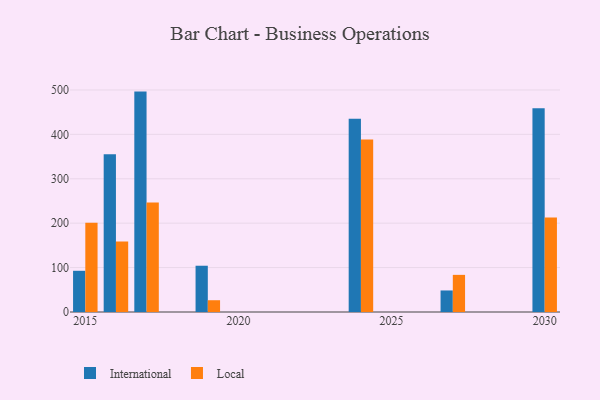
{"axis": {"x": "Year", "y": "Waste Production (Tons)"}, "legend": ["International", "Local"], "data": [{"x": "2024", "y": 435.0, "type": "International"}, {"x": "2024", "y": 388.6, "type": "Local"}, {"x": "2015", "y": 92.8, "type": "International"}, {"x": "2015", "y": 200.7, "type": "Local"}, {"x": "2017", "y": 496.3, "type": "International"}, {"x": "2017", "y": 246.5, "type": "Local"}, {"x": "2027", "y": 48.5, "type": "International"}, {"x": "2027", "y": 83.6, "type": "Local"}, {"x": "2016", "y": 355.0, "type": "International"}, {"x": "2016", "y": 158.7, "type": "Local"}, {"x": "2030", "y": 459.0, "type": "International"}, {"x": "2030", "y": 212.6, "type": "Local"}, {"x": "2019", "y": 104.2, "type": "International"}, {"x": "2019", "y": 26.5, "type": "Local"}]}